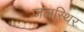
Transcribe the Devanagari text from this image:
जलस्थिर